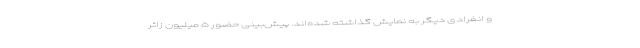
و انفرادی دیگر به نمایش گذاشته شده‌اند. پیش‌بینی حضور ۵ میلیون زائر